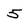
Character: 5